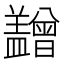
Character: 𥃙